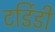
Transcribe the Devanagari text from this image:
टर्डिडी